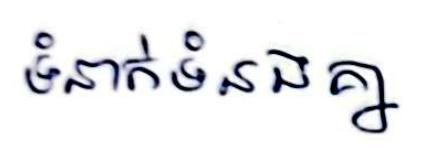
ទំនាក់ទំនងគ្នា